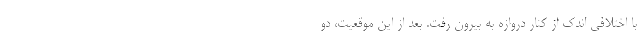
با اختلافی اندک از کنار دروازه به بیرون رفت. بعد از این موقعیت، دو